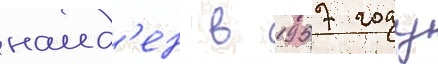
наид'ен в 1957 году